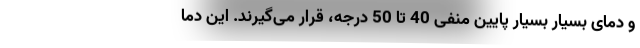
و دمای بسیار بسیار پایینِ منفی 40 تا 50 درجه، قرار می‌گیرند. این دما